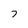
Character: 7